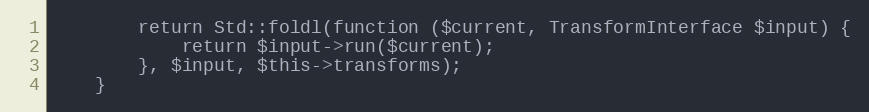
Language: PHP
        return Std::foldl(function ($current, TransformInterface $input) {
            return $input->run($current);
        }, $input, $this->transforms);
    }